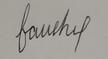
Signature authenticity: forged